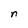
Character: n